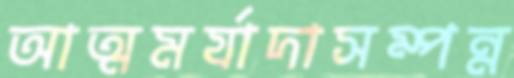
আত্মমর্যাদাসম্পন্ন